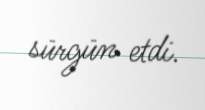
sürgün etdi.